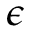
\epsilon